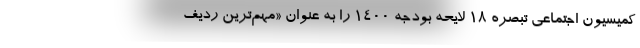
کمیسیون اجتماعی تبصره ۱۸ لایحه بودجه ۱۴۰۰ را به عنوان «مهم‌ترین ردیف